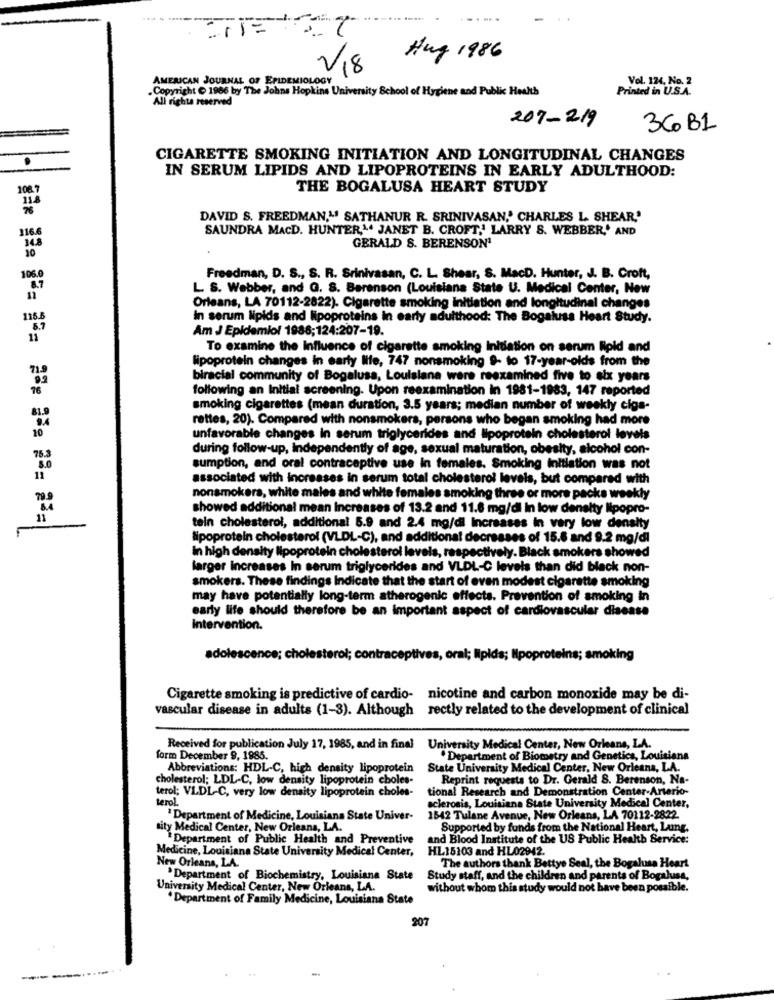
Hug 1986
V18
AMERICAN JOURNAL OF EPIDEMIOLOGY
Vol. 124. No. 2
.Copyright @ 1986 by The Johns Hopkins University School of Hygiene and Public Health
Printed in U.S.A.
All rights reserved
207-219
36 B1
CIGARETTE SMOKING INITIATION AND LONGITUDINAL CHANGES
IN SERUM LIPIDS AND LIPOPROTEINS IN EARLY ADULTHOOD:
THE BOGALUSA HEART STUDY
DAVID S. FREEDMAN,"' SATHANUR R. SRINIVASAN,' CHARLES L. SHEAR,'
SAUNDRA MACD. HUNTER,". JANET B. CROFT,' LARRY S. WEBBER,' AND
GERALD S. BERENSON'
1060
Freedman, D. S ., S. R. Srinivasan, C. L. Shear, S. MacD. Hunter, J. B. Croft,
L. S. Webber, and G. S. Berenson (Louisiana State U. Medical Center, New
Orleans, LA 70112-2822). Cigarette smoking initiation and longitudinal changes
118.5
In serum lipids and lipoproteins in early adulthood: The Bogalusa Heart Study.
Am J Epidemiol 1988;124:207-19.
To examine the Influence of cigarette smoking Initiation on serum lipid and
lipoprotein changes in early life, 747 nonsmoking 9- to 17-year-olds from the
biracial community of Bogalusa, Louisiane were reexamined five to six years
following an Initial screening. Upon reexamination in 1981-1983, 147 reported
smoking cigarettes (mean duration, 3.5 years; median number of weekly cigs-
rettes, 20). Compared with nonsmokers, persons who began smoking had more
unfavorable changes in serum triglycerides and lipoprotein cholesterol levels
during follow-up, independently of age, sexual maturation, obesity, alcohol con-
76.3
sumption, and oral contraceptive use in females. Smoking Initiation was not
associated with increases in serum total cholesterol levels, but compared with
nonsmokers, white males and white females smoking three or more packs weekly
showed additional mean Increases of 13.2 and 11.8 mg/dl In low density lipopro-
tein cholesterol, additional 5.9 and 2.4 mg/dl Increases in very low density
lipoprotein cholesterol (VLDL-C), and additional decreases of 15.6 and 9.2 mg/dl
in high density lipoprotein cholesterol levels, respectively. Black smokers showed
larger Increases In serum triglycerides and VLDL-C levels than did black non-
smokers. These findings Indicate that the start of even modest cigarette smoking
may have potentially long-term atherogenic effects. Prevention of smoking in
early life should therefore be an important aspect of cardiovascular disease
intervention.
adolescence; cho
brot;
oral; Npids; Npop
loking
Cigarette smoking is predictive of cardio- nicotine and carbon monoxide may be di-
vascular disease in adults (1-3). Although rectly related to the development of clinical
Received for publication July 17, 1985, and in final
University Medical Center, New Orleans, LA.
form December 9, 1985.
. Department of Biometry and Genetics, Louisiana
Abbreviations: HDL-C, high density lipoprotein
State University Medical Center, New Orleans, LA.
cholesterol; LDL-C, low density lipoprotein choles
Reprint requests to Dr. Gerald 8. Berenson, Na-
terol; VLDL-C, very low density lipoprotein choles-
tional Research and Demonstration Center-Arterio-
terol.
sclerosis, Louisiana State University Medical Center,
"Department of Medicine, Louisiana State Univer-
1542 Tulane Avenue, New Orleans, LA 70112-2822.
sity Medical Center, New Orleans, LA.
Supported by funds from the National Heart, Laing.
Department of Public Health and Preventive
and Blood Institute of the US Public Health Service:
Medicine, Louisiana State University Medical Center,
HL15103 and HL02942.
New Orleans, LA.
The authors thank Bettye Seal, the Bogalusa Heart
Department of Biochemistry, Louisiana State
Study staff, and the children and parents of Bogalusa,
University Medical Center, New Orleans, LA.
without whom this study would not have been possible.
. Department of Family Medicine, Louisiana State
207